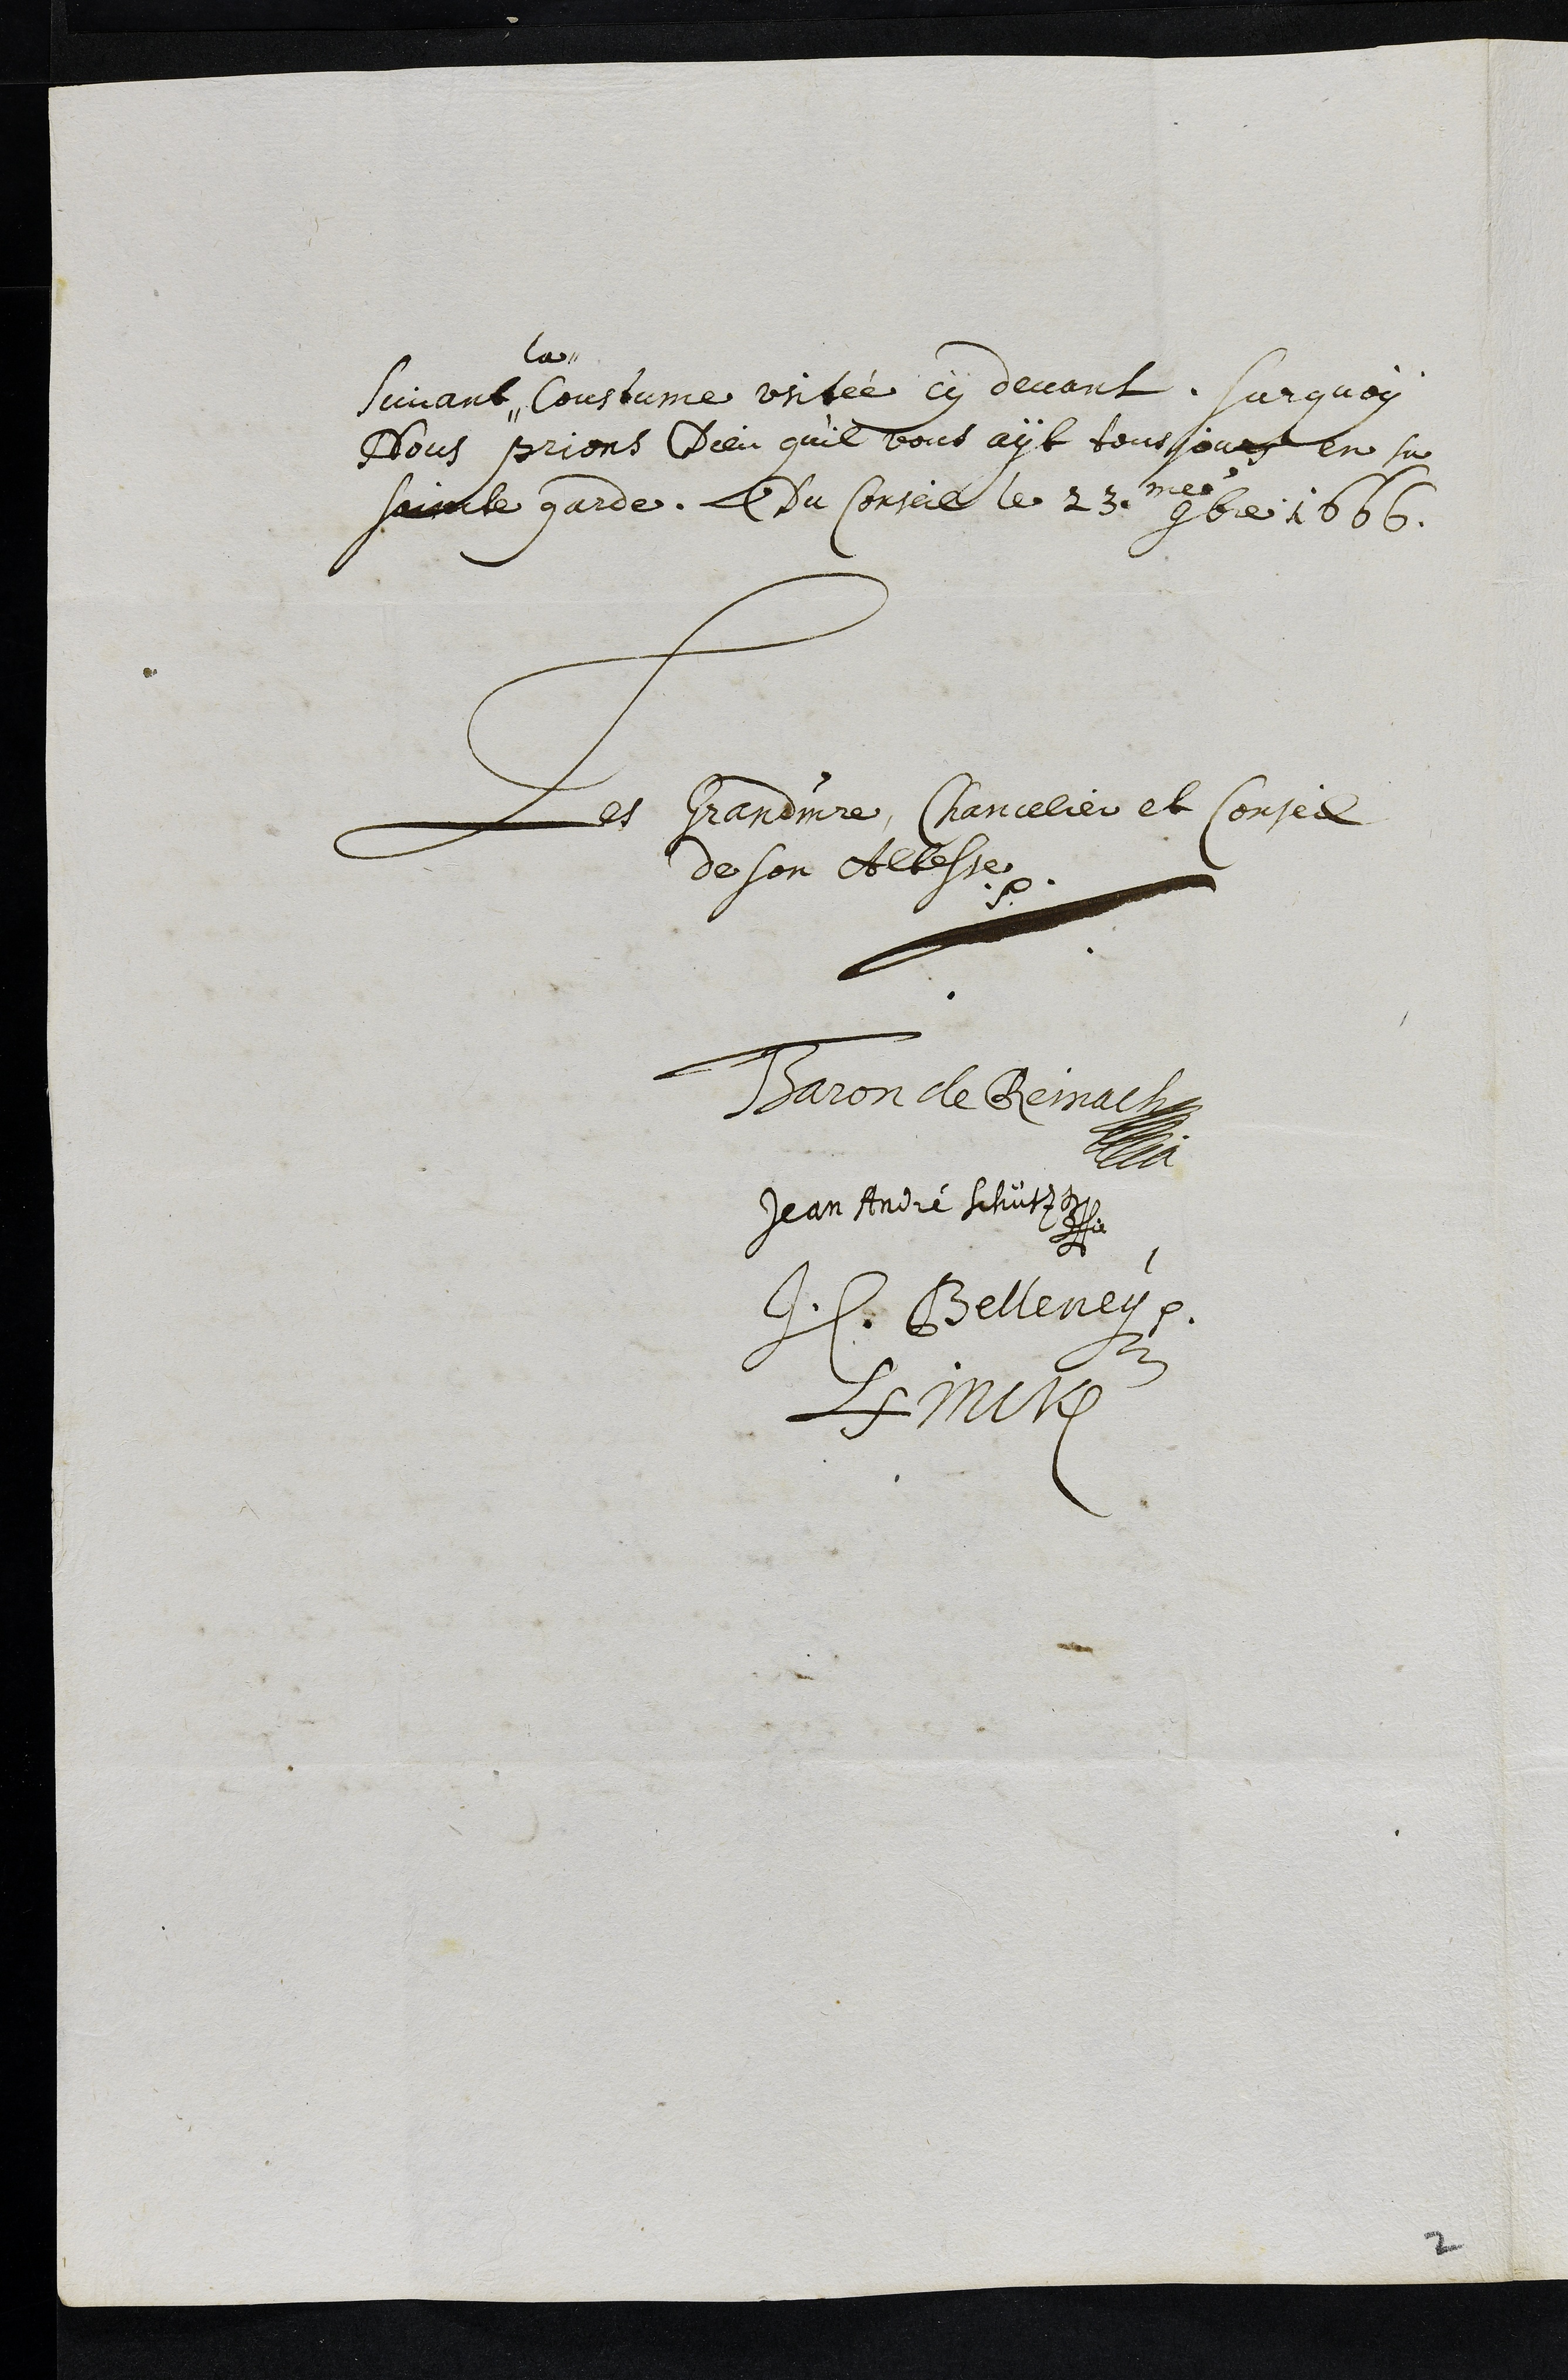
Suivant
la
Coustume usitée cy devant. Surquoy
Nous prions Dieu qu’il vous ayt tousjours en sa
saincte garde. Du Conseil le 23me. 9bre 1666.
Les Grandmaistre, Chancelier et Conseil
de son Altesse.
Baron de Reinach
Jean André Schütz
H. Belleney.
LFinck
2